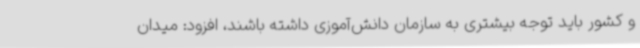
و کشور باید توجه بیشتری به سازمان دانش‌آموزی داشته باشند، افزود: میدان